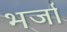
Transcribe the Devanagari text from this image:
भर्जा